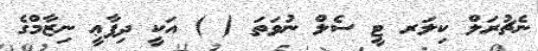
ނެޗުރަލް ކިލަރ ޓީ ސެލް ނުވަތަ ( ) އަކީ ދިފާޢީ ނިޒާމްގެ